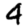
Digit: 4